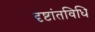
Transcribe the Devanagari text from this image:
दृष्टांतविधि